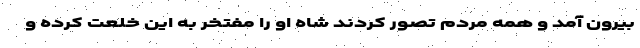
بیرون آمد و همه مردم تصور کردند شاه او را مفتخر به این خلعت کرده و